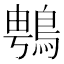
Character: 䳙